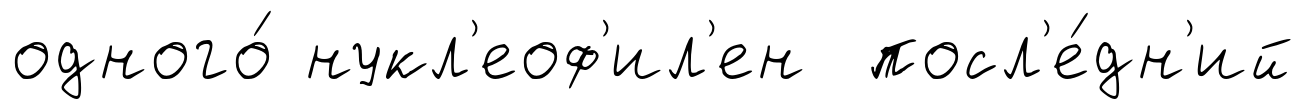
одного́ нукл'еоф'ил'ен посл'е́дн'ий